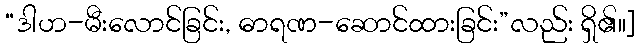
“ဒါဟ-မီးလောင်ခြင်း, ဓာရဏ-ဆောင်ထားခြင်း”လည်း ရှိ၏။]